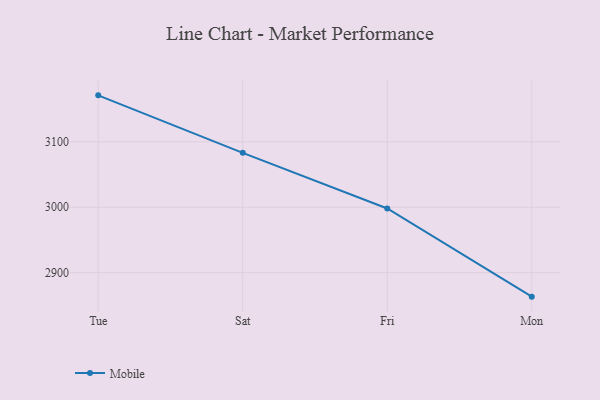
{"axis": {"x": "Day", "y": "Satisfaction Score"}, "legend": ["Mobile"], "data": [{"x": "Tue", "y": 3171.0, "type": "Mobile"}, {"x": "Sat", "y": 3083.1, "type": "Mobile"}, {"x": "Fri", "y": 2998.1, "type": "Mobile"}, {"x": "Mon", "y": 2863.3, "type": "Mobile"}]}